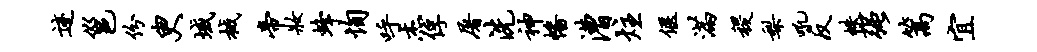
迹邕份臾域械帝妆蜂恂呼杰俘屠洗神幡漕炷偃满稷梨吼反帙强篙宜